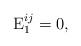
\begin{align*}\operatorname{E}_1^{ij} = 0 ,\end{align*}